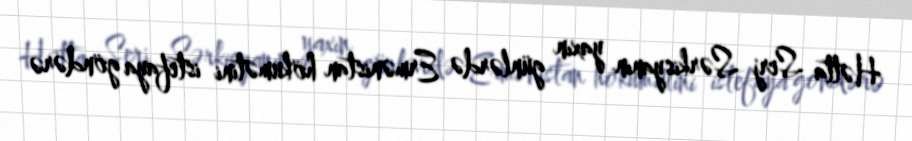
Hətta Serj Sərkisyanın yaxın günlərdə Ermənistan hökumətini istefaya göndərə